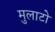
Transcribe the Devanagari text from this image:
मुलाटो